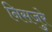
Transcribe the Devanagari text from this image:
निसजुरे